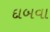
દાબવા